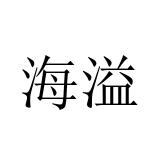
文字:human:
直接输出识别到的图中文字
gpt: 海溢